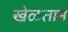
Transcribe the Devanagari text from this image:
खेळतान